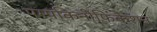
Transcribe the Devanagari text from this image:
पम्पकिनीफिकेशन